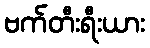
ဗက်တီးရီးယား